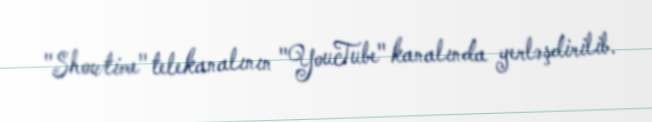
"Showtime" telekanalının "YouTube" kanalında yerləşdirilib.